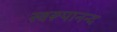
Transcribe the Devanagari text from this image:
स्वरूपानन्द